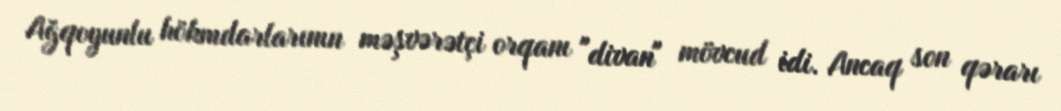
Ağqoyunlu hökmdarlarının məşvərətçi orqanı "divan" mövcud idi. Ancaq son qərarı